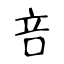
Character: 咅